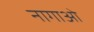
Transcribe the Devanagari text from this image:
नागाओ